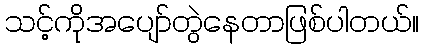
သင့်ကိုအပျော်တွဲနေတာဖြစ်ပါတယ်။